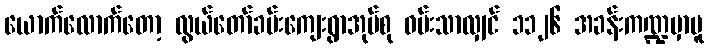
ယောက်လောက်တော့ လွယ်တော်ခမ်းကျေးရွာအုပ်စု ဝမ်းသာလျှင် ၁၁၂၆ အခန်းကဏ္ဍမှာမူ